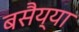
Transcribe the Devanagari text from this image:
बसैय्या